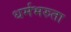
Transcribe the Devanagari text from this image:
धर्मभरुता